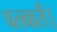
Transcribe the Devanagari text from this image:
पतवारी।